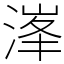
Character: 溄